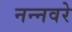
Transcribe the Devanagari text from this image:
नन्नवरे